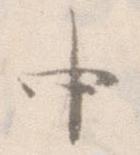
中